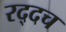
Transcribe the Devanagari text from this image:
रद्दच